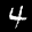
Label: 4